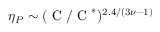
\eta _ { P } \sim ( \textrm { C } / \textrm { C } ^ { * } ) ^ { 2 . 4 / ( 3 \nu - 1 ) }